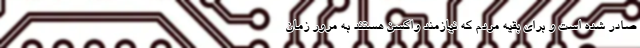
صادر شده است و برای بقیه مردم که نیازمند واکسن هستند به مرور زمان